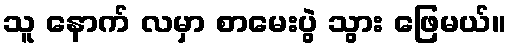
သူ နောက် လမှာ စာမေးပွဲ သွား ဖြေမယ်။